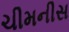
ચીમનીસ